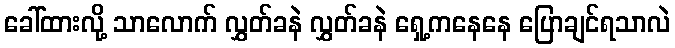
ခေါ်ထားလို့ သာလောက် လွှတ်ခနဲ လွှတ်ခနဲ ရှေ့ကနေနေ ပြောချင်ရသာလဲ